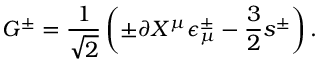
G ^ { \pm } = { \frac { 1 } { \sqrt 2 } } \left( \pm \partial X ^ { \mu } \epsilon _ { \mu } ^ { \pm } - { \frac { 3 } { 2 } } s ^ { \pm } \right) .